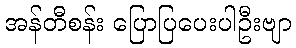
အန်တီစန်း ပြောပြပေးပါဦးဗျာ